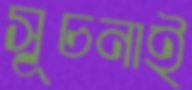
সূচনাই